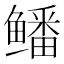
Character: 𱈕